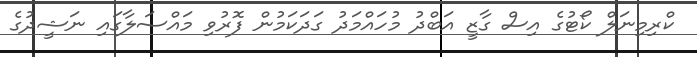
ކްރިމިނަލް ކޯޓުގެ އިސް ގާޒީ އަބްދު މުހައްމަދު ގަދަކަމުން ފޮރުވި މައްސަލާގައި ނަޝީދުގެ